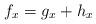
LaTeX: \begin{align*} f_x=g_x+h_x\end{align*}